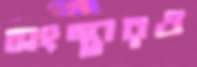
সংস্থারও